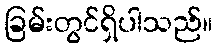
ခြမ်းတွင်ရှိပါသည်။